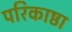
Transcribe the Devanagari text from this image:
परिकाष्ठा